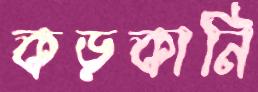
কড়কানি